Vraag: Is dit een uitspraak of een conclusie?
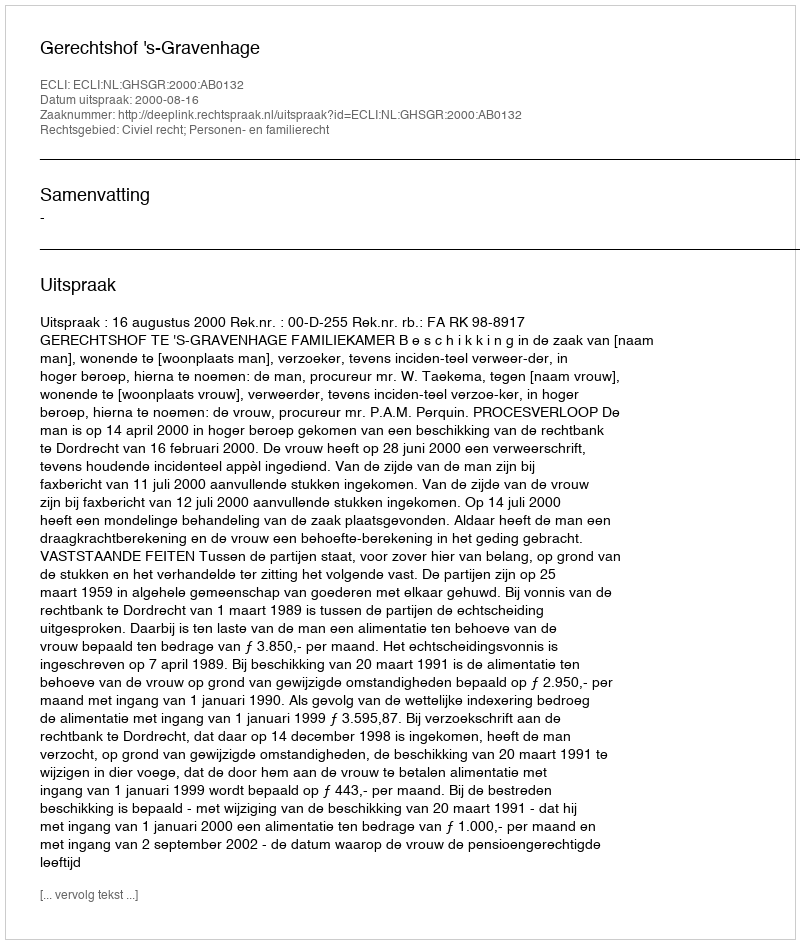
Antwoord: Uitspraak